Problem: 8 + 37 = ?
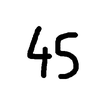
Handwritten answer: 45